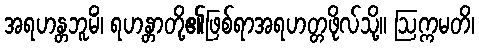
အရဟန္တဘူမိံ၊ ရဟန္တာတို့၏ဖြစ်ရာအရဟတ္တဖိုလ်သို့။ ဩက္ကမတိ၊